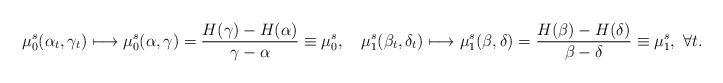
LaTeX: \begin{align*}\mu^s_0(\alpha_t,\gamma_t)\longmapsto\mu^s_0(\alpha,\gamma)=\frac{H(\gamma)-H(\alpha)}{\gamma-\alpha}\equiv{\mu}^s_0,~~~\mu^s_1(\beta_t,\delta_t)\longmapsto\mu^s_1(\beta,\delta)=\frac{H(\beta)-H(\delta)}{\beta-\delta}\equiv\mu^s_1,~\forall{t}.\end{align*}